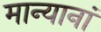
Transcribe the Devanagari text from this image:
मान्यानां